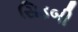
સિડબી